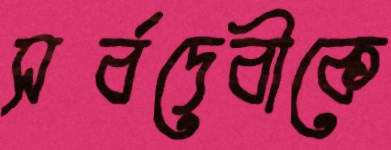
সর্বদেবীকে